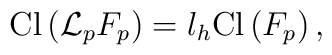
{\rm Cl} \left( {\cal L}_p F_p \right) = l_h {\rm Cl}\left( F_p \right) ,